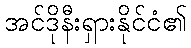
အင်ဒိုနီးရှားနိုင်ငံ၏